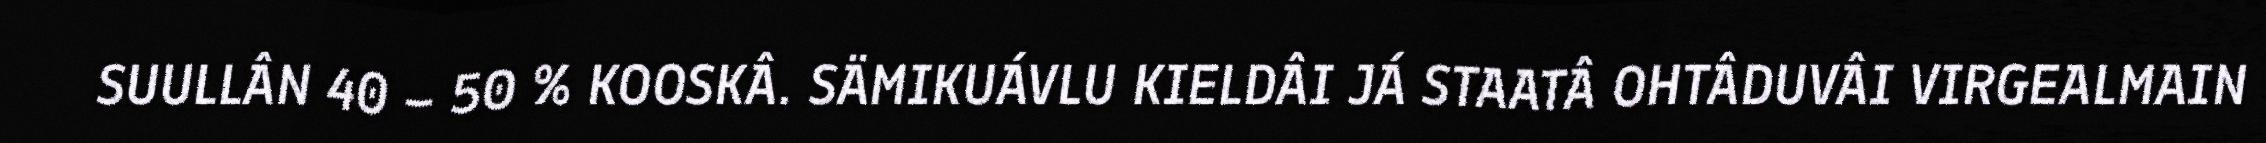
SUULLÂN 40 – 50 % KOOSKÂ. SÄMIKUÁVLU KIELDÂI JÁ STAATÂ OHTÂDUVÂI VIRGEALMAIN